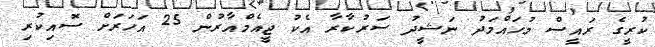
ކުރީގެ ރައީސް މުހައްމަދު ނަޝީދު ސަރުކާރާ އެކު ޖީއެމްއާރުން 25 އަހަރަށް ސޮއިކުރި